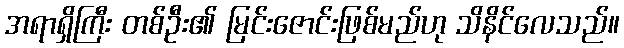
အရာရှိကြီး တစ်ဦး၏ မြင်းဇောင်းဖြစ်မည်ဟု သိနိင်လေသည်။